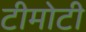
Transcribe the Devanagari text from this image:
टीमोटी